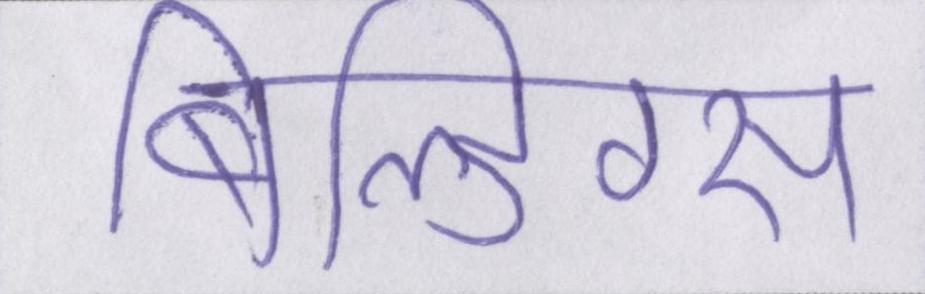
बिल्डिंग्स